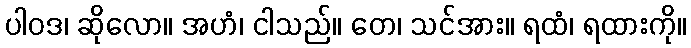
ပါဝဒ၊ ဆိုလော။ အဟံ၊ ငါသည်။ တေ၊ သင်အား။ ရထံ၊ ရထားကို။